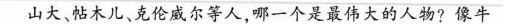
山大、帖木儿、克伦威尔等人，哪一个是最伟大的人物？像牛